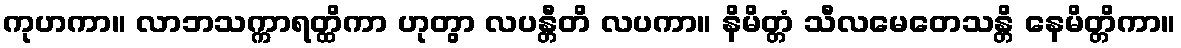
ကုဟကာ။ လာဘသက္ကာရတ္ထိကာ ဟုတွာ လပန္တီတိ လပကာ။ နိမိတ္တံ သီလမေတေသန္တိ နေမိတ္တိကာ။